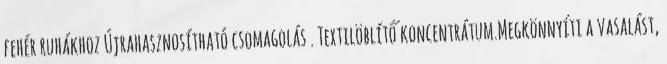
fehér ruhákhoz Újrahasznosítható csomagolás . Textilöblítő koncentrátum.Megkönnyíti a vasalást,